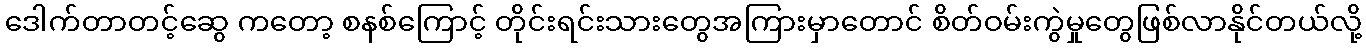
ဒေါက်တာတင့်ဆွေ ကတော့ စနစ်ကြောင့် တိုင်းရင်းသားတွေအကြားမှာတောင် စိတ်ဝမ်းကွဲမှုတွေဖြစ်လာနိုင်တယ်လို့